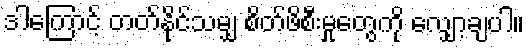
ဒါကြောင့် တတ်နိုင်သမျှ စိတ်ဖိစီးမှုတွေကို လျှော့ချပါ။